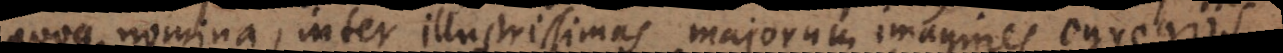
que nomina, inter illustrissimas majorum imagines egregi